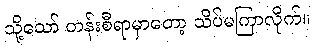
သို့သော် တန်းစီရာမှာတော့ သိပ်မကြာလိုက်။